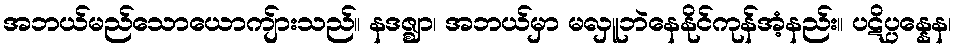
အဘယ်မည်သောယောကျ်ားသည်။ နဒဇ္ဈာ၊ အဘယ်မှာ မလှူဘဲနေနိုင်ကုန်အံ့နည်း။ ပဋိပ္ပန္နေန၊